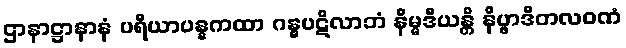
ဌာနာဋ္ဌာနာနံ ပရိယာပန္နကထာ ဂန္ဓပဋိလာဘံ နိမ္မဒီယန္တိ နိပ္ဖာဒိတလဝဏံ